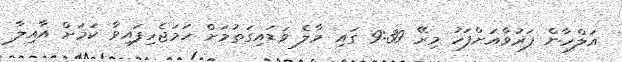
އަލްހާން ފަރުވާއަށްފަހު މިރޭ 9:30 ގައި މާލެ ވަޑައިގަތުމަށް ހަަމަޖެހިފައިވާ ކަމަށް އާއިލާ